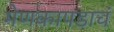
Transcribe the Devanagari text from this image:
मेणकापडाचं